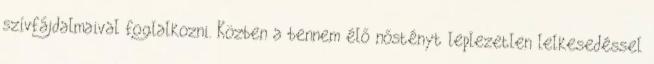
szívfájdalmaival foglalkozni. Közben a bennem élő nőstényt leplezetlen lelkesedéssel